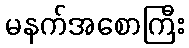
မနက်အစောကြီး